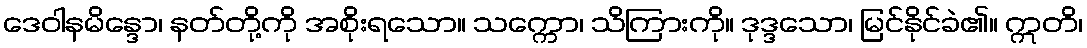
ဒေဝါနမိန္ဒော၊ နတ်တို့ကို အစိုးရသော။ သက္ကော၊ သိကြားကို။ ဒုဒ္ဒသော၊ မြင်နိုင်ခဲ၏။ ဣတိ၊